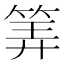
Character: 筭